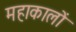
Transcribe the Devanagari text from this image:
महाकालों